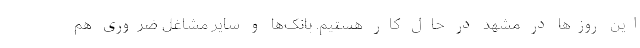
این روزها در مشهد در حال کار هستیم. بانک‌ها و سایر مشاغل ضروری هم